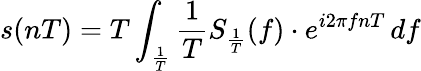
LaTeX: s(nT)=T\int_{\frac{1}{T}}{\frac{1}{T}}S_{\frac{1}{T}}(f)\cdot e^{i2\pi fnT}\, df